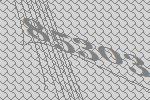
85303